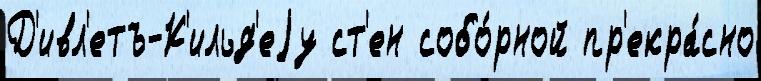
Д'ивл'етъ-К'ильд'еjу ст'ен собо́рной пр'екра́сно